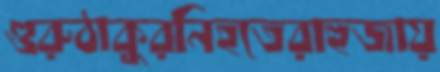
গুরুঠাকুরনিহতেরাহুজায়